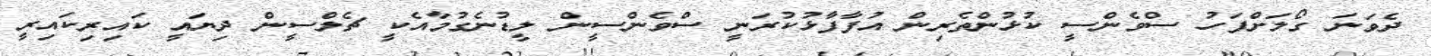
ދެވަނަ ގޯލަށްފަހު ސްވެންސީ ކުޅުންތެރިން އުފާފާޅުކުރަނީ ސްވެންސީން ލީޑުނެގުމާއެކީ ޗެލްސީން ދިޔައީ ކައިރިކައިރީ